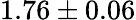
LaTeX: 1.76\pm 0.06